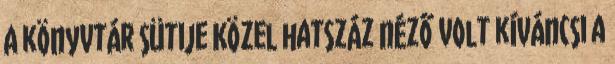
A könyvtár sütije Közel hatszáz néző volt kíváncsi a